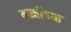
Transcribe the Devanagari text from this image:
वज्जींच्या